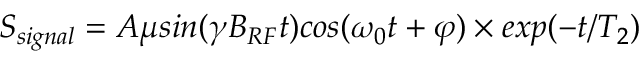
S _ { s i g n a l } = A \mu s i n ( \gamma B _ { R F } t ) c o s ( \omega _ { 0 } t + \varphi ) \times e x p ( - t / T _ { 2 } )